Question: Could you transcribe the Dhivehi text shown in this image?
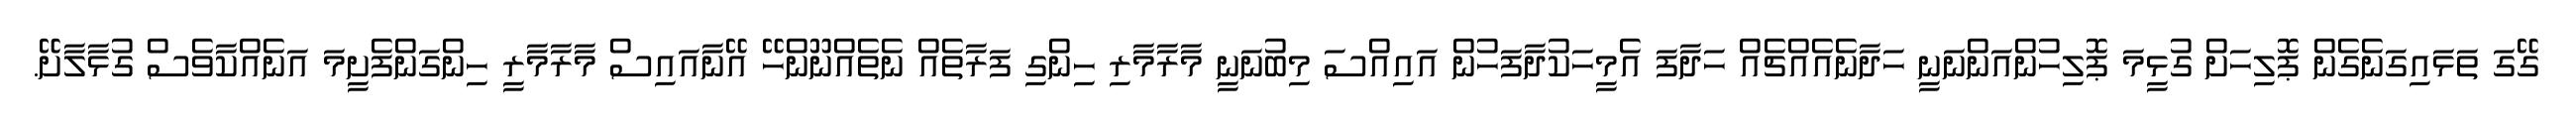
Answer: ގޭގަ ތަޅައިގަނެގެން ޕޮލިހަށް ގުޅީމަ ޕޮލިހުންއަންނަނީ ހަދާނެއެއްޗެއް ހަދާފަ އެމީހަކުދާފަހުން އައިއްސަ މިބުނަނީ މާރާމާރި ހިންގި ފަރާތެއް ނެތެއްނޫންހޭ އޭނާއައިސް މާރާމާރީ ހިންގަންފެށީމަ އަނެއްކާވެސް ގުޅާލާށޭ.